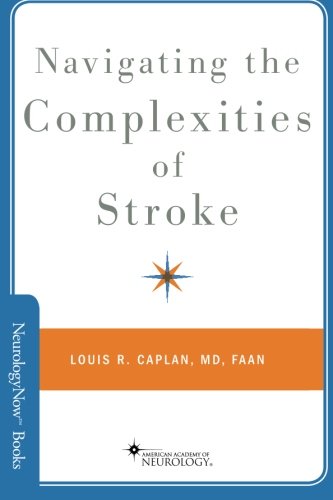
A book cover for Navigating the Complexities of Stroke (Neurology Now Books); Louis R. Caplan; Health, Fitness & Dieting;